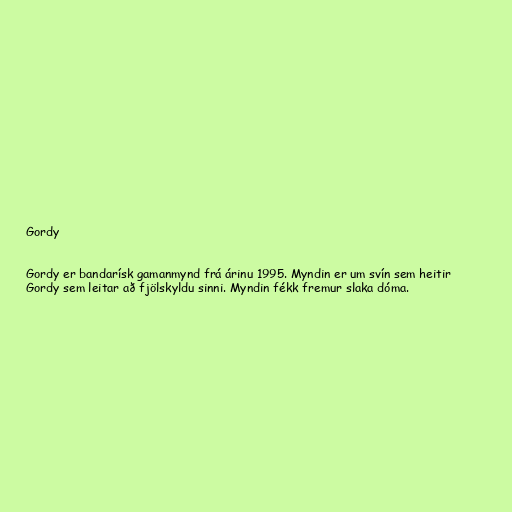
Gordy

Gordy er bandarísk gamanmynd frá árinu 1995. Myndin er um svín sem heitir
Gordy sem leitar að fjölskyldu sinni. Myndin fékk fremur slaka dóma.